Report of an investigation into the causes of the diseases known in Assam as Kála-Azár and Beri-Beri
Disease focus: Beri-Beri
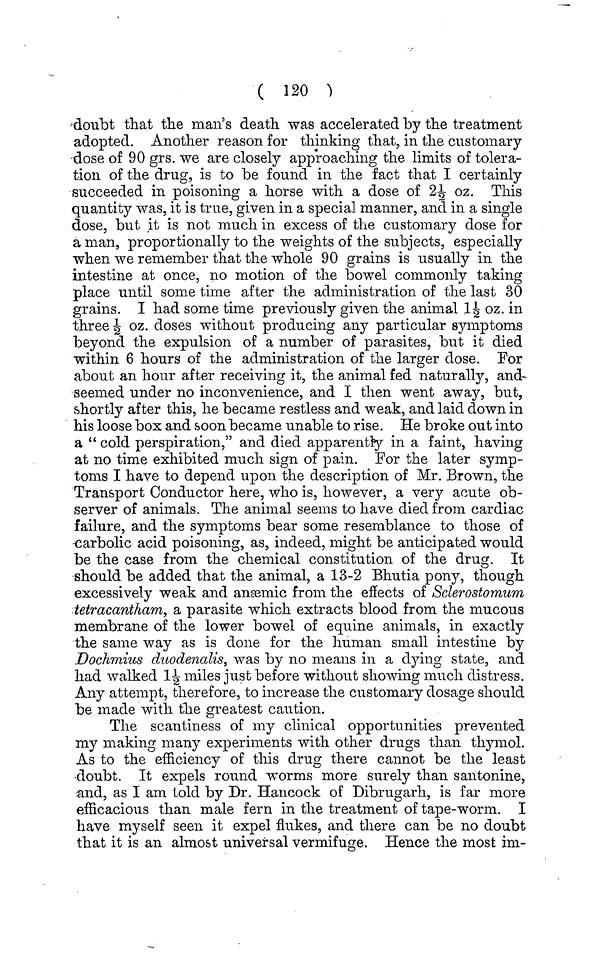
( 120 )
doubt that the man's death was accelerated by the treatment
adopted. Another reason for thinking that, in the customary
dose of 90 grs. we are closely approaching the limits of tolera-
tion of the drug, is to be found in the fact that I certainly
succeeded in poisoning a horse with a dose of 2-J oz. This
quantity was, it is true, given in a special manner, and in a single
dose, but it is not much in excess of the customary dose for
a man, proportionally to the weights of the subjects, especially
when we remember that the whole 90 grains is usually in the
intestine at once, no motion of the bowel commonly taking
place until some time after the administration of the last 30
grains. I had some time previously given the animal 1^ oz. in
three ^ oz. doses without producing any particular symptoms
beyond the expulsion of a number of parasites, but it died
within 6 hours of the administration of the larger dose. For
about an hour after receiving it, the animal fed naturally, and
seemed under no inconvenience, and I then went away, but,
shortly after this, he became restless and weak, and laid down in
his loose box and soon became unable to rise. He broke out into
a " cold perspiration," and died apparently in a faint, having
at no time exhibited much sign of pain. For the later symp-
toms I have to depend upon the description of Mr. Brown, the
Transport Conductor here, who is, however, a very acute ob-
server of animals. The animal seems to have died from cardiac
failure, and the symptoms bear some resemblance to those of
carbolic acid poisoning, as, indeed, might be anticipated would
be the case from the chemical constitution of the drug. It
should be added that the animal, a 13-2 Bhutia pony, though
excessively weak and ansemic from the effects of Sderostomum
tetracantham, a parasite which extracts blood from the mucous
membrane of the lower bowel of equine animals, in exactly
the same way as is done for the human small intestine by
Dochmius duodenalis, was by no means in a dying state, and
had walked 1^ miles just before without showing much distress.
Any attempt, therefore, to increase the customary dosage should
be made with the greatest caution.
The scantiness of my clinical opportunities prevented
my making many experiments with other drugs than thymol.
As to the efficiency of this drug there cannot be the least
doubt. It expels round worms more surely than santonine,
and, as I am told by Dr. Hancock of Dibrugarh, is far more
efficacious than male fern in the treatment of tape-worm. I
have myself seen it expel flukes, and there can be no doubt
that it is an almost universal vermifuge. Hence the most im-